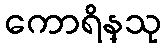
ကောရိန္သု